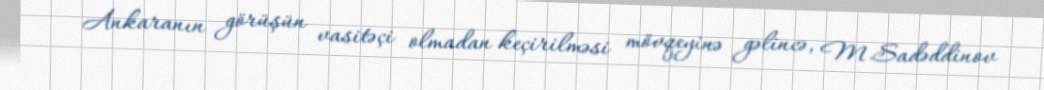
Ankaranın görüşün vasitəçi olmadan keçirilməsi mövqeyinə gəlincə, M.Sadəddinov